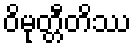
ဝိမုတ္တီတိဿ